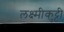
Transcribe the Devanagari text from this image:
लक्ष्मीकुट्टी